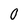
Character: 0